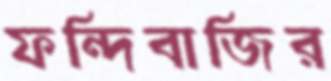
ফন্দিবাজির